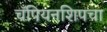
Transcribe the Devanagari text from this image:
चँपियनशिपचा